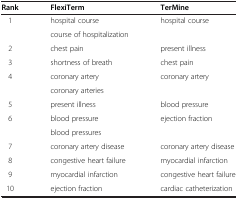
<table><thead><tr><td><b>Rank</b></td><td><b>FlexiTerm</b></td><td><b>TerMine</b></td></tr></thead><tbody><tr><td rowspan="2">1</td><td>hospital course</td><td rowspan="2">hospital course</td></tr><tr><td>course of hospitalization</td></tr><tr><td>2</td><td>chest pain</td><td>present illness</td></tr><tr><td>3</td><td>shortness of breath</td><td>chest pain</td></tr><tr><td rowspan="2">4</td><td>coronary artery</td><td rowspan="2">coronary artery</td></tr><tr><td>coronary arteries</td></tr><tr><td>5</td><td>present illness</td><td>blood pressure</td></tr><tr><td rowspan="2">6</td><td>blood pressure</td><td rowspan="2">ejection fraction</td></tr><tr><td>blood pressures</td></tr><tr><td>7</td><td>coronary artery disease</td><td>coronary artery disease</td></tr><tr><td>8</td><td>congestive heart failure</td><td>myocardial infarction</td></tr><tr><td>9</td><td>myocardial infarction</td><td>congestive heart failure</td></tr><tr><td>10</td><td>ejection fraction</td><td>cardiac catheterization</td></tr></tbody></table>